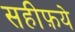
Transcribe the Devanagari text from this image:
सहीफ़ये